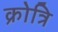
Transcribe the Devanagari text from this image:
क्रोत्रि